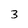
Character: 3